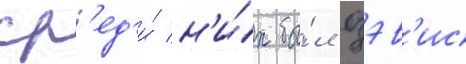
ср'ед'и́ н'и́х бы́л дэв'ис